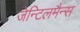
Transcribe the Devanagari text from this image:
जेन्टिलमैन्स